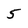
Character: 5